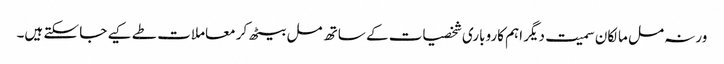
ورنہ مل مالکان سمیت دیگر اہم کاروباری شخصیات کے ساتھ مل بیٹھ کر معاملات طے کیے جا سکتے ہیں۔